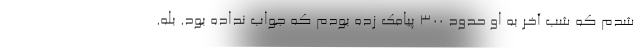
شدم که شب آخر به او حدود ۳۰۰ پیامک زده بودم که جواب نداده بود. بله.